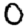
Digit: 0